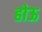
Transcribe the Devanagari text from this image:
होऊ